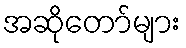
အဆိုတော်များ